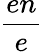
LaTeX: \frac{en}{e}